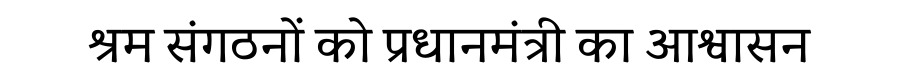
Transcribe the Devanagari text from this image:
श्रम संगठनों को प्रधानमंत्री का आश्वासन